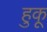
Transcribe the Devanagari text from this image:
हुकू